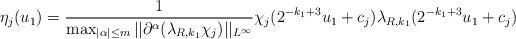
LaTeX: \begin{align*}\eta_j(u_1)=\frac{1}{\max_{|\alpha|\leq m}||\partial^\alpha(\lambda_{R,k_1}\chi_j)||_{L^\infty} }\chi_j(2^{-k_1+3}u_1+c_j)\lambda_{R,k_1}(2^{-k_1+3}u_1+c_j)\end{align*}